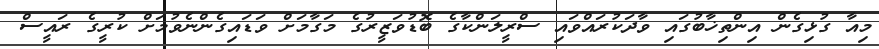
މިއާ ގުޅިގެން އިންތިޚާބުގައި ވާދަކުރައްވައި ސްރީލަންކާގެ ބޮޑުވަޒީރުގެ މަގާމަށް ވަޑައިގެންނެވުމަށް ކުރީގެ ރައީސް